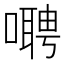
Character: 𫫺